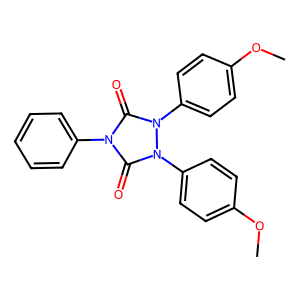
SMILES: COc1ccc(-n2c(=O)n(-c3ccccc3)c(=O)n2-c2ccc(OC)cc2)cc1
Inhibits HIV replication: No